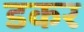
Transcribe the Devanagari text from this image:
डकर